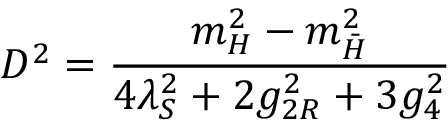
D ^ { 2 } = { \frac { m _ { H } ^ { 2 } - m _ { \bar { H } } ^ { 2 } } { 4 \lambda _ { S } ^ { 2 } + 2 g _ { 2 R } ^ { 2 } + 3 g _ { 4 } ^ { 2 } } }